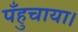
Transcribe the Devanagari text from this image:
पँहुचाया।